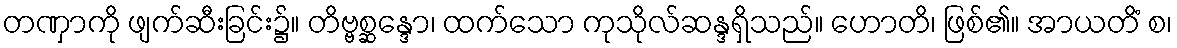
တဏှာကို ဖျက်ဆီးခြင်း၌။ တိဗ္ဗစ္ဆန္ဒော၊ ထက်သော ကုသိုလ်ဆန္ဒရှိသည်။ ဟောတိ၊ ဖြစ်၏။ အာယတိံ စ၊